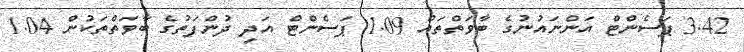
3.42 ޕަސެންޓް އަންނައުނުގެ ބާވަތްތައް 1.09 ޕަސެންޓް އަދި ދުންފަތުގެ ބާވަތްތަކުން 1.04